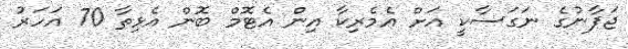
ޖަޕާނުގެ ނަގަސާކީ އަށް އެމެރިކާ އިން އެޓޮމް ބޮން އެޅިތާ 70 އަހަރު